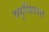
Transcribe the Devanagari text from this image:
बहुसितारा